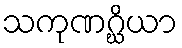
သကုဏဂ္ဃိယာ